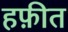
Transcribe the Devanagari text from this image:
हफ़ीत